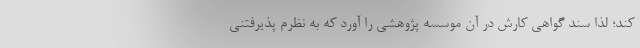
کند؛ لذا سند گواهی کارش در آن موسسه پژوهشی را آورد که به نظرم پذیرفتنی